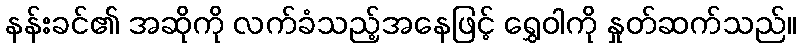
နန်းခင်၏ အဆိုကို လက်ခံသည့်အနေဖြင့် ရွှေဝါကို နှုတ်ဆက်သည်။